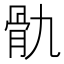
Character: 骩